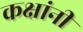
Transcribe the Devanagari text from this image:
कक्षांनी